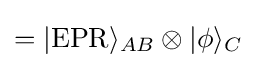
=|{\text{EPR}}\rangle _{AB}\otimes |\phi \rangle _{C}